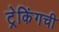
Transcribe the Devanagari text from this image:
ट्रेकिंगची